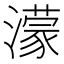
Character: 濛